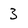
Character: 3